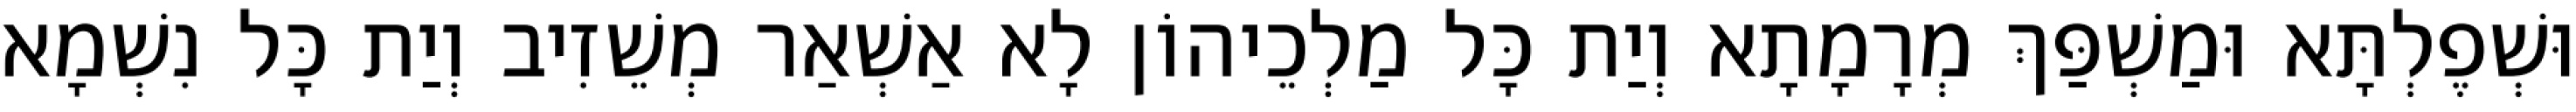
וּשְׁפֶלְתָּא וּמַשְׁפַּךְ מְרָמָתָא וְיַת כָּל מַלְכֵיהוֹן לָא אַשְׁאַר מְשֵׁזִיב וְיַת כָּל נִשְׁמָא